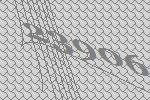
23906